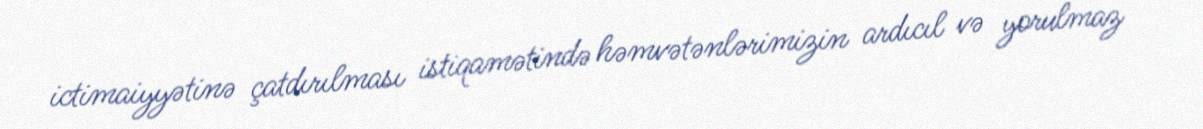
ictimaiyyətinə çatdırılması istiqamətində həmvətənlərimizin ardıcıl və yorulmaz